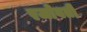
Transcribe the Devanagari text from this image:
रजोवती